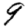
Digit: 9